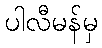
ပါလီမန်မှ